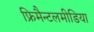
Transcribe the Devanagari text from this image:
फ्रिमैन्टलमीडिया